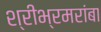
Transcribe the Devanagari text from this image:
श्रीभ्रमरांबा